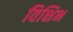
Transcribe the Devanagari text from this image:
विक्षिभ